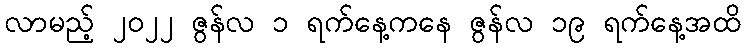
လာမည့် ၂၀၂၂ ဇွန်လ ၁ ရက်နေ့ကနေ ဇွန်လ ၁၉ ရက်နေ့အထိ